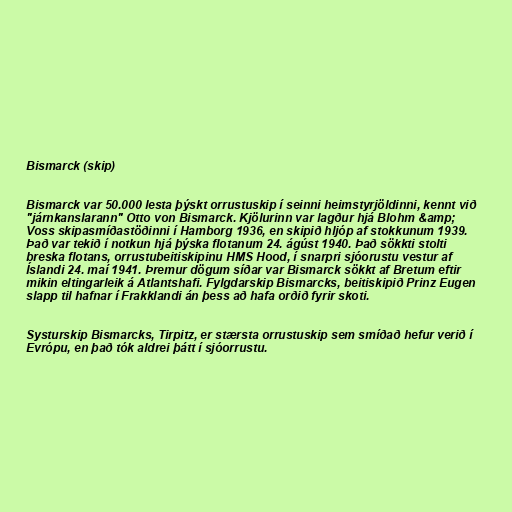
Bismarck (skip)

Bismarck var 50.000 lesta þýskt orrustuskip í seinni heimstyrjöldinni, kennt við
"járnkanslarann" Otto von Bismarck. Kjölurinn var lagður hjá Blohm &amp;
Voss skipasmíðastöðinni í Hamborg 1936, en skipið hljóp af stokkunum 1939.
Það var tekið í notkun hjá þýska flotanum 24. ágúst 1940. Það sökkti stolti
breska flotans, orrustubeitiskipinu HMS Hood, í snarpri sjóorustu vestur af
Íslandi 24. maí 1941. Þremur dögum síðar var Bismarck sökkt af Bretum eftir
mikin eltingarleik á Atlantshafi. Fylgdarskip Bismarcks, beitiskipið Prinz Eugen
slapp til hafnar í Frakklandi án þess að hafa orðið fyrir skoti.

Systurskip Bismarcks, Tirpitz, er stærsta orrustuskip sem smíðað hefur verið í
Evrópu, en það tók aldrei þátt í sjóorrustu.